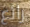
رائع